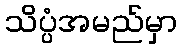
သိပ္ပံအမည်မှာ